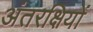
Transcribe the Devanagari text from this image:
अंतरक्षियों